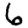
Digit: 6